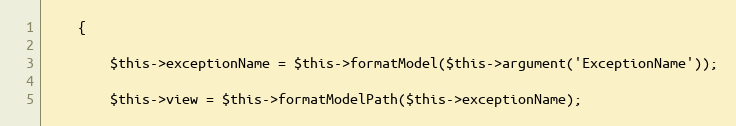
Language: PHP
    {

        $this->exceptionName = $this->formatModel($this->argument('ExceptionName'));

        $this->view = $this->formatModelPath($this->exceptionName);